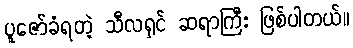
ပူဇော်ခံရတဲ့ သီလရှင် ဆရာကြီး ဖြစ်ပါတယ်။